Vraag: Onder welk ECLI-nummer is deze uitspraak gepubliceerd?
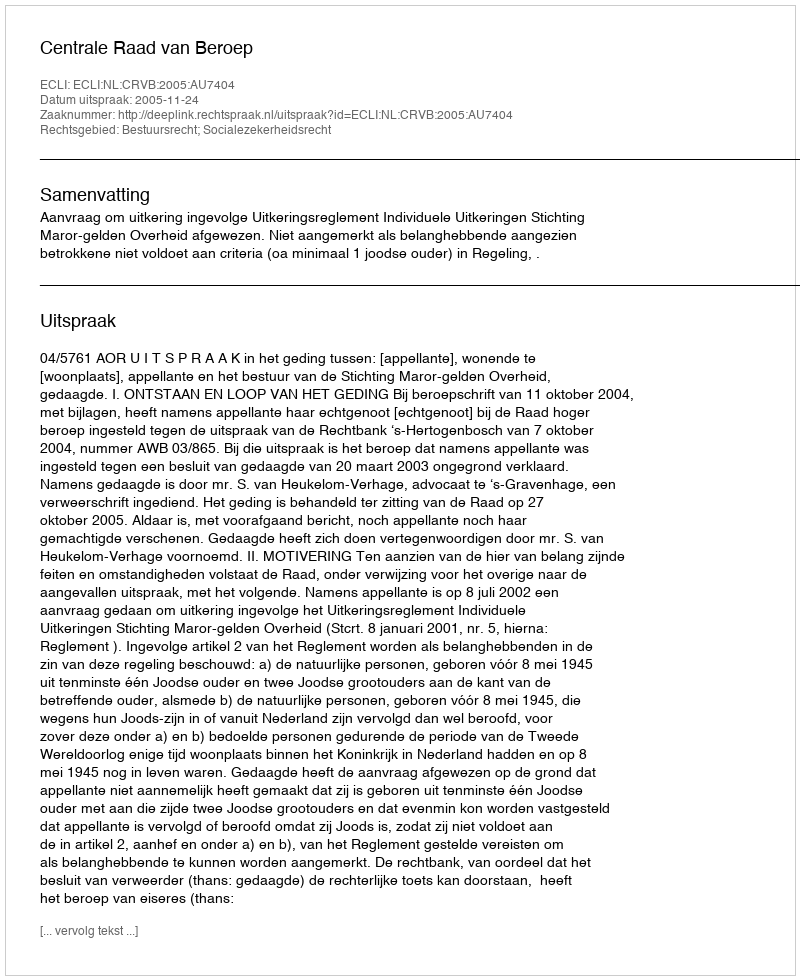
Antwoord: ECLI:NL:CRVB:2005:AU7404